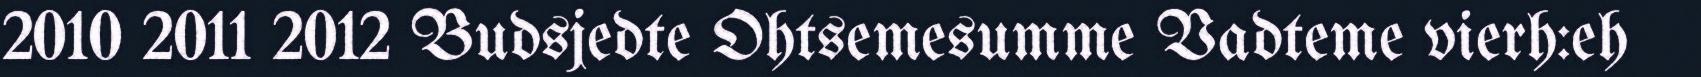
2010 2011 2012 Budsjedte Ohtsemesumme Vadteme vierh:eh